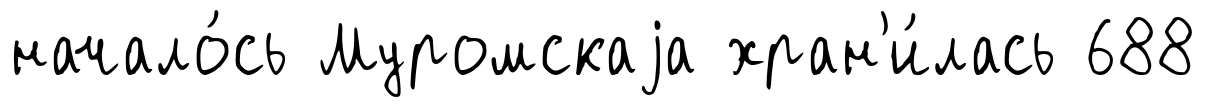
начало́сь Муромскаjа хран'и́лась 688